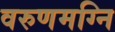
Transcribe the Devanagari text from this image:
वरुणमग्नि